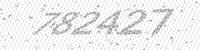
Solution: 782427